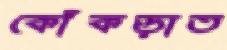
কোঁকড়াত